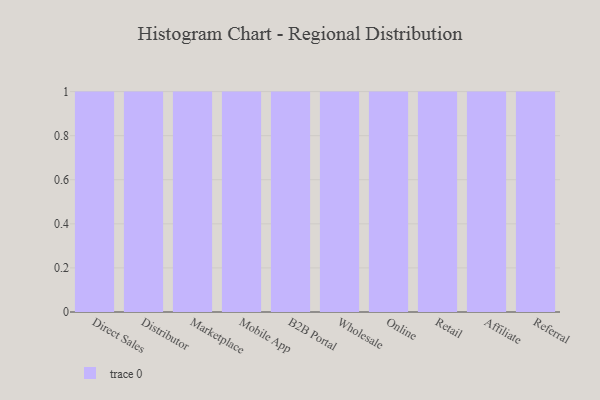
{"axis": {"x": "Channel", "y": "Website Visitors"}, "legend": [""], "data": [{"x": "Direct Sales", "y": 59, "type": ""}, {"x": "Distributor", "y": 80, "type": ""}, {"x": "Marketplace", "y": 38, "type": ""}, {"x": "Mobile App", "y": 92, "type": ""}, {"x": "B2B Portal", "y": 98, "type": ""}, {"x": "Wholesale", "y": 34, "type": ""}, {"x": "Online", "y": 30, "type": ""}, {"x": "Retail", "y": 19, "type": ""}, {"x": "Affiliate", "y": 37, "type": ""}, {"x": "Referral", "y": 77, "type": ""}]}